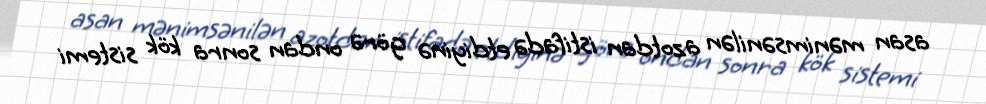
asan mənimsənilən azotdan istifadə etdiyinə görə ondan sonra kök sistemi